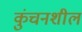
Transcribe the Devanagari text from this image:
कुंचनशील